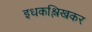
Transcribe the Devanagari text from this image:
इधकश्लिखकर